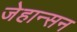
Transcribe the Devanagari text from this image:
जेहान्सन